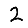
Digit: 2